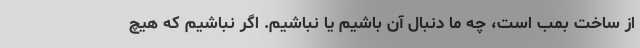
از ساخت بمب است، چه ما دنبال آن باشیم یا نباشیم. اگر نباشیم که هیچ